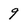
Character: 9